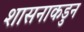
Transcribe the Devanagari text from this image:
शासनाकडुन